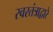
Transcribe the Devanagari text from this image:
स्वरतंत्राद्वारे